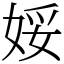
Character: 娞